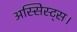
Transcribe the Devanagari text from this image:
अस्सिस्ट्स।